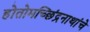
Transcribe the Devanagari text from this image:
होतोमच्छिंद्रनाथांचे